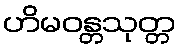
ဟိမဝန္တသုတ္တ